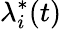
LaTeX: \lambda_{i}^{*}(t)